Report of an investigation in regard to the prevalence of stegomyia and other mosquitoes in Karachi, and the measures necessary for their control
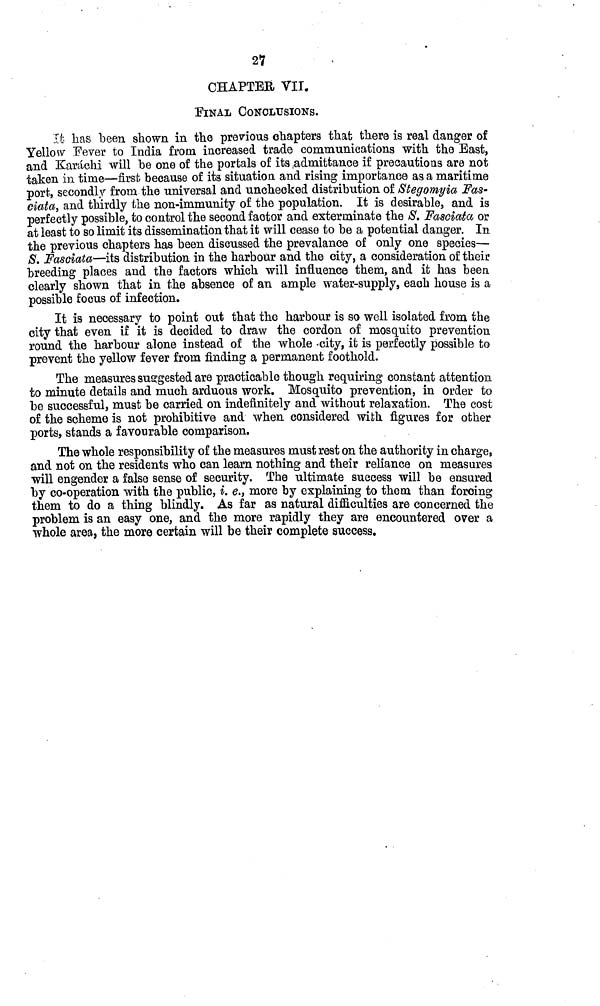
21
CHAPTER VII,
FINAL CONCLUSIONS.
It has been shown in the previous chapters that there is real danger of
Yellow Fever to India from increased trade communications with the East,
and Karachi will he one of the portals of its .admittance if precautions are not
taken in time—first because of its situation and rising importance as a maritime
port, secondly from the universal and unchecked distribution of Stegomyia Fas-
data, and thirdly the non-immunity of the population. It is desirable, and is
perfectly possible, to control the second factor and exterminate the 8. Fasciata or
at least to so limit its dissemination that it will cease to be a potential danger. In
the previous chapters has been discussed the prevalance of only one species—
8. Fasciata—its distribution in the harbour and the city, a consideration of their
breeding places and the factors which will influence them, and it has been
clearly shown that in the absence of an ample water-supply, each house is a
possible focus of infection.
It is necessary to point out that the harbour is so well isolated from the
city that even if it is decided to draw the cordon of mosquito prevention
round the harbour alone instead of the whole -city, it is perfectly possible to
prevent the yellow fever from finding a permanent foothold.
The measures suggested are practicable though requiring constant attention
to minute details and much arduous work. Mosquito prevention, in order to
be successful, must be carried on indefinitely and without relaxation. The cost
of the scheme is not prohibitive and when considered with figures for other
ports, stands a favourable comparison.
The whole responsibility of the measures must rest on the authority in charge,
and not on the residents who can learn nothing and their reliance on measures
will engender a false sense of security. The ultimate success will be ensured
by co-operation with the public, i. e., more by explaining to them than forcing
them to do a thing blindly. As far as natural difiiculties are concerned the
problem is an easy one, and the more rapidly they are encountered over a
whole area, the more certain will be their complete success.